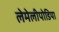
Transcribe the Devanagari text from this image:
लेमेलीपोडिया